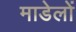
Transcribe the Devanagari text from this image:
माडेलों